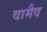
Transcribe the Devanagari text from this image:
वामैव